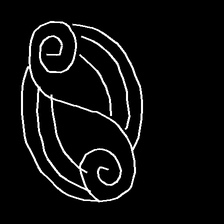
Glyph: wind-underfoot